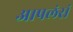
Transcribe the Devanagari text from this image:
आपलंसं